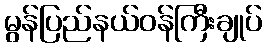
မွန်ပြည်နယ်ဝန်ကြီးချုပ်